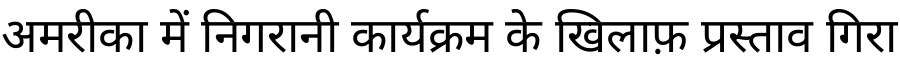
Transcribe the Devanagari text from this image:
अमरीका में निगरानी कार्यक्रम के खिलाफ़ प्रस्ताव गिरा